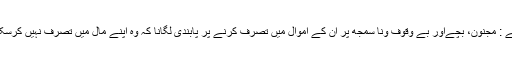
جیسے : مجنون، بچےاور بے وقوف ونا سمجھ پر اُن کے اموال میں تصرّف کرنے پر پابندی لگانا کہ وہ اپنے مال میں تصرف نہیں کرسکتے ۔